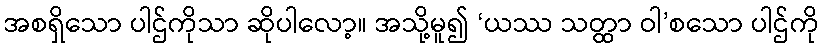
အစရှိသော ပါဌ်ကိုသာ ဆိုပါလော့။ အသို့မူ၍ ‘ယဿ သတ္ထာ ဝါ’စသော ပါဌ်ကို